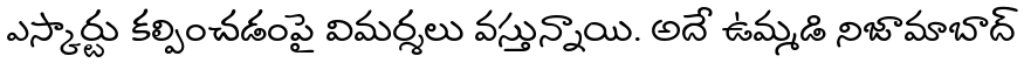
ఎస్కార్టు కల్పించడంపై విమర్శలు వస్తున్నాయి. అదే ఉమ్మడి నిజామాబాద్